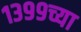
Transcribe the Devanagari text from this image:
१३९९च्या